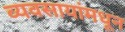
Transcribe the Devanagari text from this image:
व्यवसायांमधून